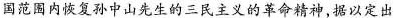
国范围内恢复孙中山先生的三民主义的革命精神，据以定出